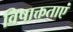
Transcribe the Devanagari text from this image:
विषाक्तताएं